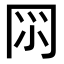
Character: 𠕘